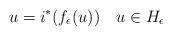
LaTeX: \begin{align*}u=i ^{*}( f_{\epsilon}(u))\ \ \ u\in {H}_{\epsilon}\end{align*}